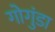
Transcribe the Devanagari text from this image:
गोगुंडा